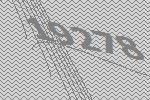
19278